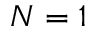
N = 1